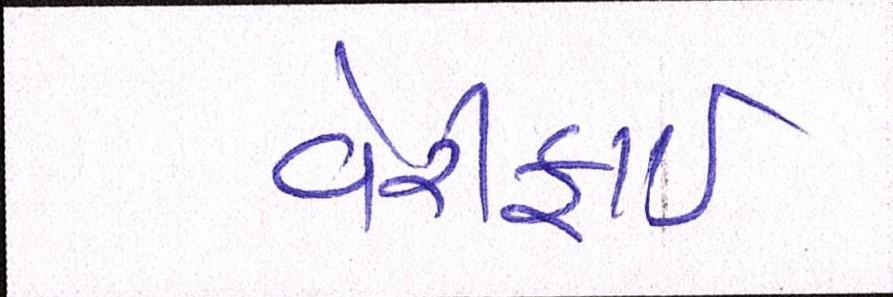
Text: વેરીફાઈ